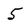
Character: 5